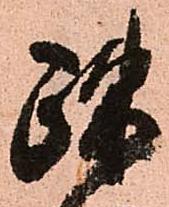
疎